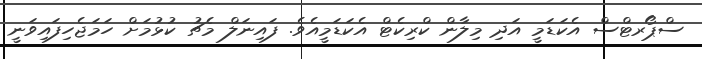
ސްޕޯރޓްސް އެކަޑަމީ އަދި މިލާން ކްރިކެޓް އެކަޑަމީއެވެ. ފައިނަލް މެޗު ކުޅުމަށް ހަމަޖެހިފައިވަނީ